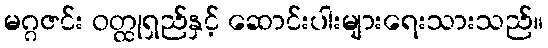
မဂ္ဂဇင်း ဝတ္ထုရှည်နှင့် ဆောင်းပါးများရေးသားသည်။